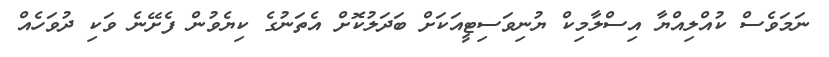
ނަމަވެސް ކުއްލިއްޔާ އިސްލާމިކް ޔުނިވަސިޓީއަކަށް ބަދަލުކޮށް އެތަނުގެ ކިޔެވުން ފެށޭނެ ވަކި ދުވަހެއް